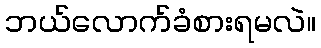
ဘယ်လောက်ခံစားရမလဲ။